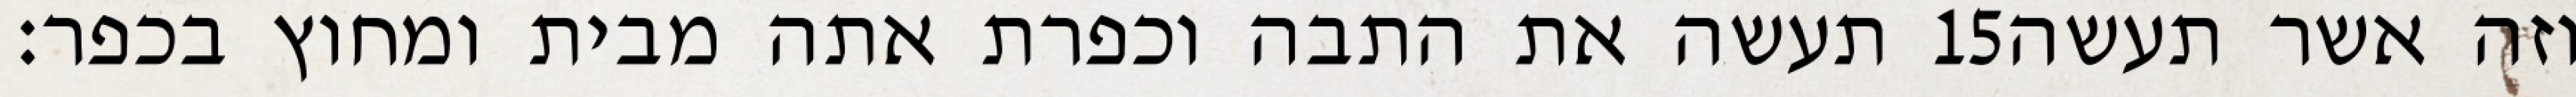
תעשה את התבה וכפרת אתה מבית ומחוץ בכפר׃ ‎15‏ וזה אשר תעשה